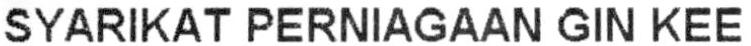
SYARIKAT PERNIAGAAN GIN KEE